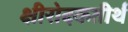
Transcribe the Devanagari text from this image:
क्षीरोदकतीर्थ